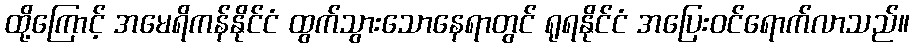
ထို့ကြောင့် အမေရိကန်နိုင်ငံ ထွက်သွားသောနေရာတွင် ရုရနိုင်ငံ အပြေးဝင်ရောက်လာသည်။